Lunatic asylums Central Provinces reports 1886-1894 - 1886-1894
Year: 1886
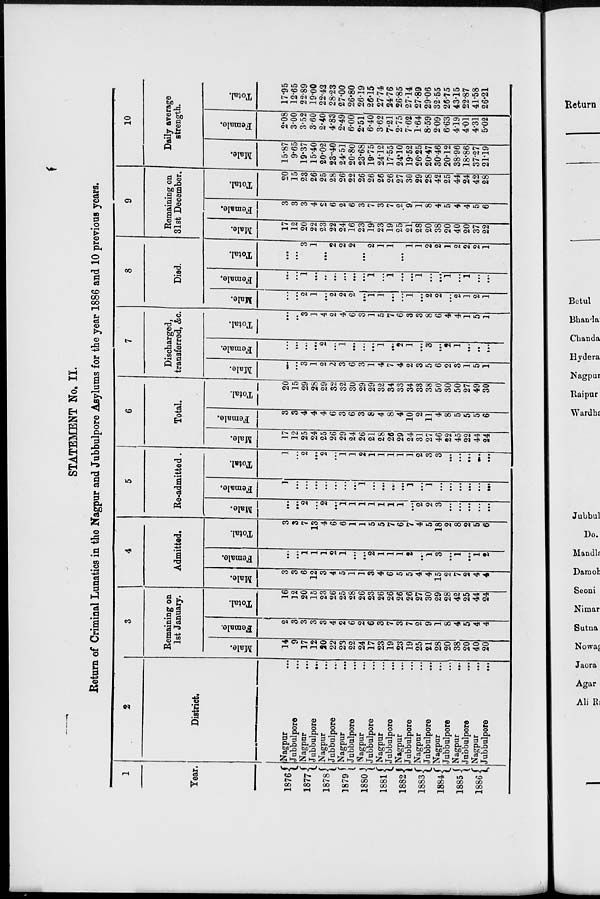
STATEMENT No. II.
Return of Criminal Lunatics in the Nagpur and Jubbulpore Asylums for the year 1886 and 10 previous years.
1
Year.
1876
1877
1878
1879
1880
1881
1882
1883
1884
1885
1886
2
District.
Nagpur ...
Jubbulpore ...
Nagpur ...
Jubbulpore
...
Nagpur ...
Jubbulpore ...
Nagpur ...
Jubbulpore ...
Nagpur ...
Jubbulpore ...
Nagpur ...
Jubbulpore ...
Nagpur ...
Jubbulpore ...
Nagpur ...
Jubbulpore ...
Nagpur ...
Jubbulpore ...
Nagpur ...
Jubbulpore ...
Nagpur ...
Jubbulpore ...
3
Remaining on
1st January.
Male.
14
9
17
12
20
22
23
22
24
17
23
19
23
19
25
21
28
20
38
20
40
20
Female.
2
3
3
3
3
4
2
6
2
6
3
7
3
7
2
9
1
8
4
5
4
4
Total.
16
12
20
15
23
26
25
28
26
23
26
26
26
26
27
30
29
28
42
25
44
24
4
Admitted.
Male.
3
3
6
12
3
4
5
1
1
3
4
6
5
5
4
4
15
2
7
2
4
4
Female.
...
...
1
1
1
2
1
...
...
2
1
1
1
2
...
1
3
...
1
...
1
2
Total.
3
3
7
13
4
6
6
1
1
5
5
7
6
7
4
5
18
2
8
2
5
6
5
Re-admitted.
Male.
...
...
2
...
2
...
1
1
1
1
1
1
1
...
2
2
3
...
...
...
...
...
Female.
1
...
...
...
...
...
...
...
1
...
...
...
...
1
...
1
...
...
...
...
...
...
Total.
1
...
2
...
2
...
1
1
2
1
1
1
1
1
2
3
3
...
...
...
...
...
6
Total.
Male.
17
12
25
24
25
26
29
24
26
21
28
26
29
24
31
27
46
22
45
22
44
24
Female.
3
3
4
4
4
6
3
6
3
8
4
8
4
10
2
11
4
8
5
5
5
6
Total.
20
15
29
28
29
32
32
30
29
29
32
34
33
34
33
38
50
30
50
27
49
30
7
Discharged,
transferred, &c.
Male.
...
...
3
1
2
2
3
6
3
1
4
7
4
2
3
5
6
2
3
1
5
1
Female.
...
...
...
...
2
...
1
...
...
...
1
...
2
1
...
3
...
2
1
...
...
...
Total.
...
...
3
1
4
2
4
6
3
1
5
7
6
3
3
8
6
4
4
1
5
1
8
Died.
Male.
...
...
2
1
...
2
2
2
...
1
1
...
...
1
...
2
2
...
2
1
2
1
Female.
...
...
1
...
...
...
...
...
...
1
...
1
...
...
1
...
...
1
...
1
...
...
Total.
...
...
3
1
...
2
2
2
...
2
1
1
...
1
1
2
2
1
2
2
2
1
9
Remaining on
31st December.
Male.
17
12
20
22
23
22
24
16
23
19
23
19
25
21
28
20
38
20
40
20
37
22
Female.
3
3
3
4
2
6
2
6
3
7
3
7
2
9
1
8
4
5
4
4
5
6
Total.
20
15
23
26
25
28
26
22
26
26
26
26
27
30
29
28
42
25
44
24
42
28
10
Daily average
strength.
Male.
15.87
9.65
19.37
15.40
20.02
23.40
24.51
20.80
23.68
19.75
24.12
17.55
24.10
19.52
26.25
20.47
30.46
20.12
38.96
18.86
37.27
21.19
Female.
2.08
3.00
3.52
3.60
2.40
4.83
2.49
6.00
2.51
6.40
3.62
7.21
2.75
7.62
1.64
8.59
2.09
6.63
4.19
4.01
4.31
5.02
Total.
17.95
12.65
22.89
19.00
22.42
28.23
27.00
26.80
26.19
26.15
27.74
24.76
26.85
27.14
27.89
29.06
32.55
26.75
43.15
22.87
41.58
26.21